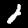
Label: 2